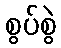
စွပ်စွဲ